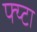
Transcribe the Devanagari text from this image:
फ्य्टा